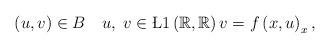
LaTeX: \begin{align*} \left(u,v\right)\in B\quad u,\;v\in\L{1}\left(\mathbb{R},\mathbb{R}\right) v = f\left(x,u\right)_{x}, \end{align*}